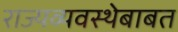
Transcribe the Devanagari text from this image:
राज्यव्यवस्थेबाबत